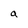
Character: a